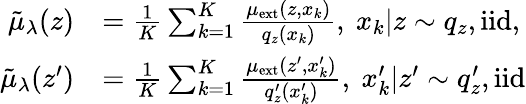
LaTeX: \begin{array}{rl}{\tilde{\mu}_{\lambda}(z)}&{=\frac{1}{K}\sum_{k=1}^{K}\frac{\mu_{\mathrm{ext}}(z,x_{k})}{q_{z}(x_{k})},\ x_{k}|z\sim q_{z},\mathrm{iid},}\\ {\tilde{\mu}_{\lambda}(z^{\prime})}&{=\frac{1}{K}\sum_{k=1}^{K}\frac{\mu_{\mathrm{ext}}(z^{\prime},x_{k}^{\prime})}{q_{z}^{\prime}(x_{k}^{\prime})},\ x_{k}^{\prime}|z^{\prime}\sim q_{z}^{\prime},\mathrm{iid}}\end{array}